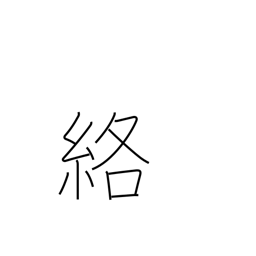
Meaning: get caught in